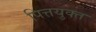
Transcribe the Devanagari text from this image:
पित्तयुक्त